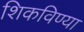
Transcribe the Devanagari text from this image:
शिकविण्या